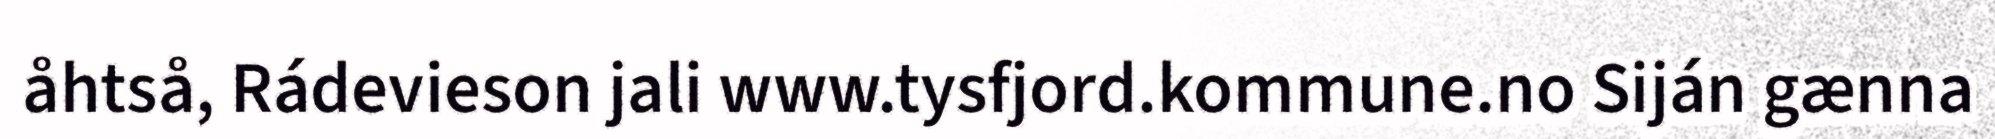
åhtså, Rádevieson jali www.tysfjord.kommune.no Siján gænna